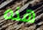
هذه